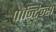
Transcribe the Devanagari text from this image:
पॉन्टिन्स